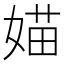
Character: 媌